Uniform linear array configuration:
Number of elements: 4
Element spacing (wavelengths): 0.5
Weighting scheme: binomial
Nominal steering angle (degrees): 15
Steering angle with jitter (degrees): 13.161
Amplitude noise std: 0.05
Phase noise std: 0.05

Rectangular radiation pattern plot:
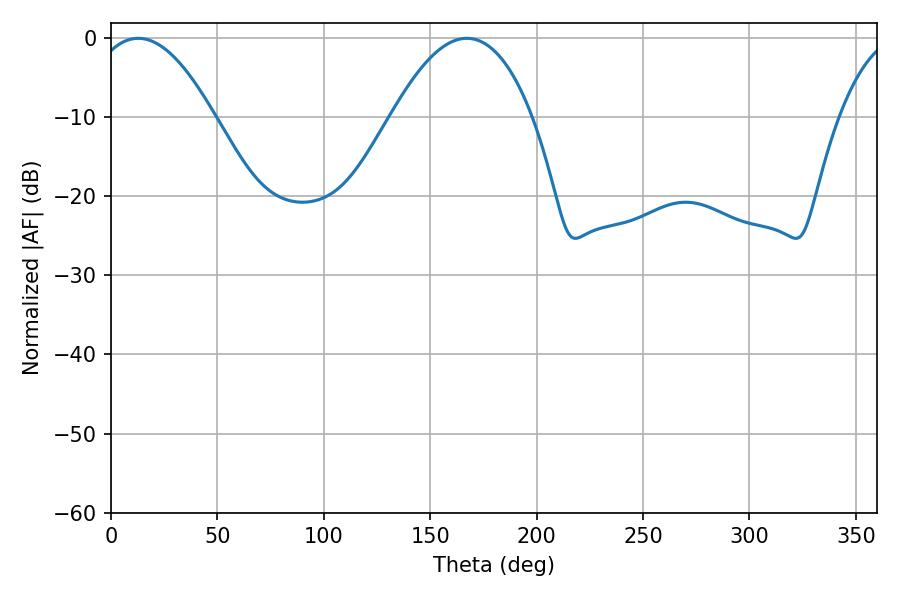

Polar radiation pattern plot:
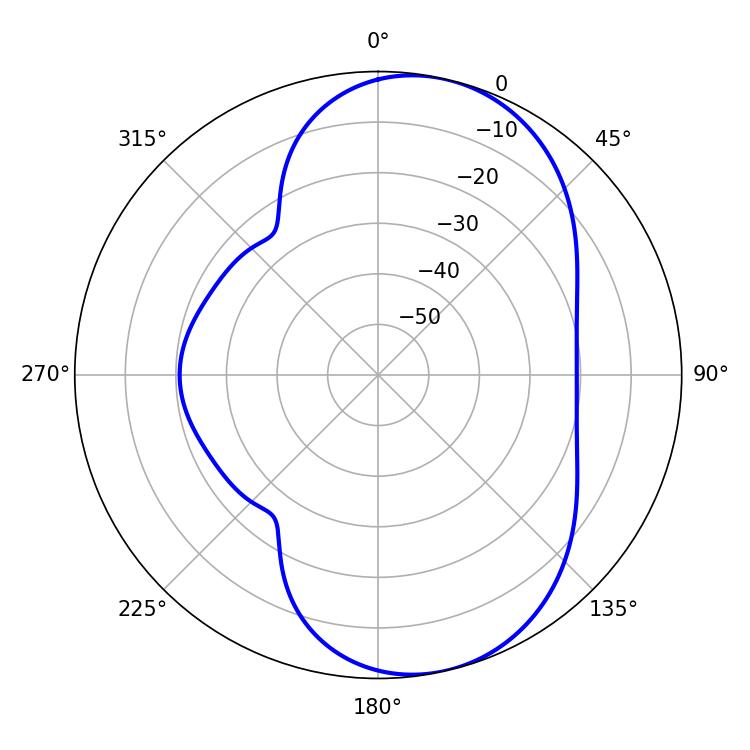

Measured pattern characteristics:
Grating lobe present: FALSE
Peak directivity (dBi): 7.777
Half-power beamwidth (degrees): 31.86
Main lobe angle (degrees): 12.78